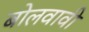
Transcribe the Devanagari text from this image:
बोलवावी